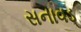
સનાવડ